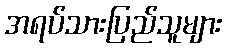
အရပ်သားပြည်သူများ